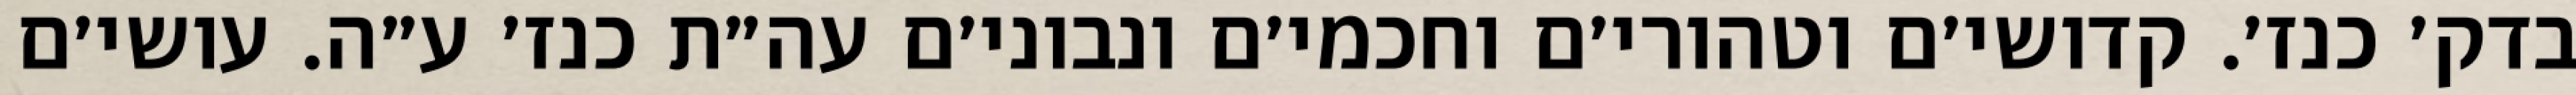
בדק׳ כנז׳. קדושי׳ם וטהורי׳ם וחכמי׳ם ונבוני׳ם עה״ת כנז׳ ע״ה. עושי׳ם